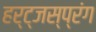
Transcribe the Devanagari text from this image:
हर्ट्जस्प्रंग